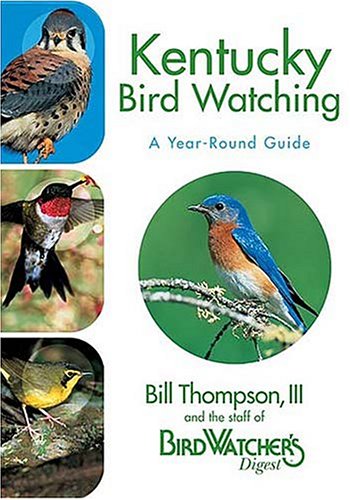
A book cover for Kentucky Bird Watching: A Year-Round Guide; Bill Thompson III; Travel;